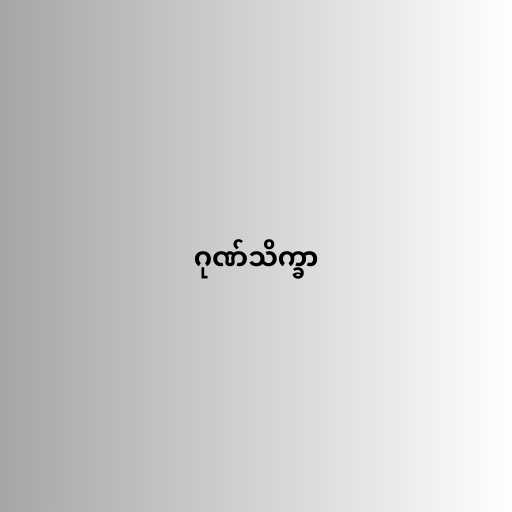
ဂုဏ်သိက္ခာ